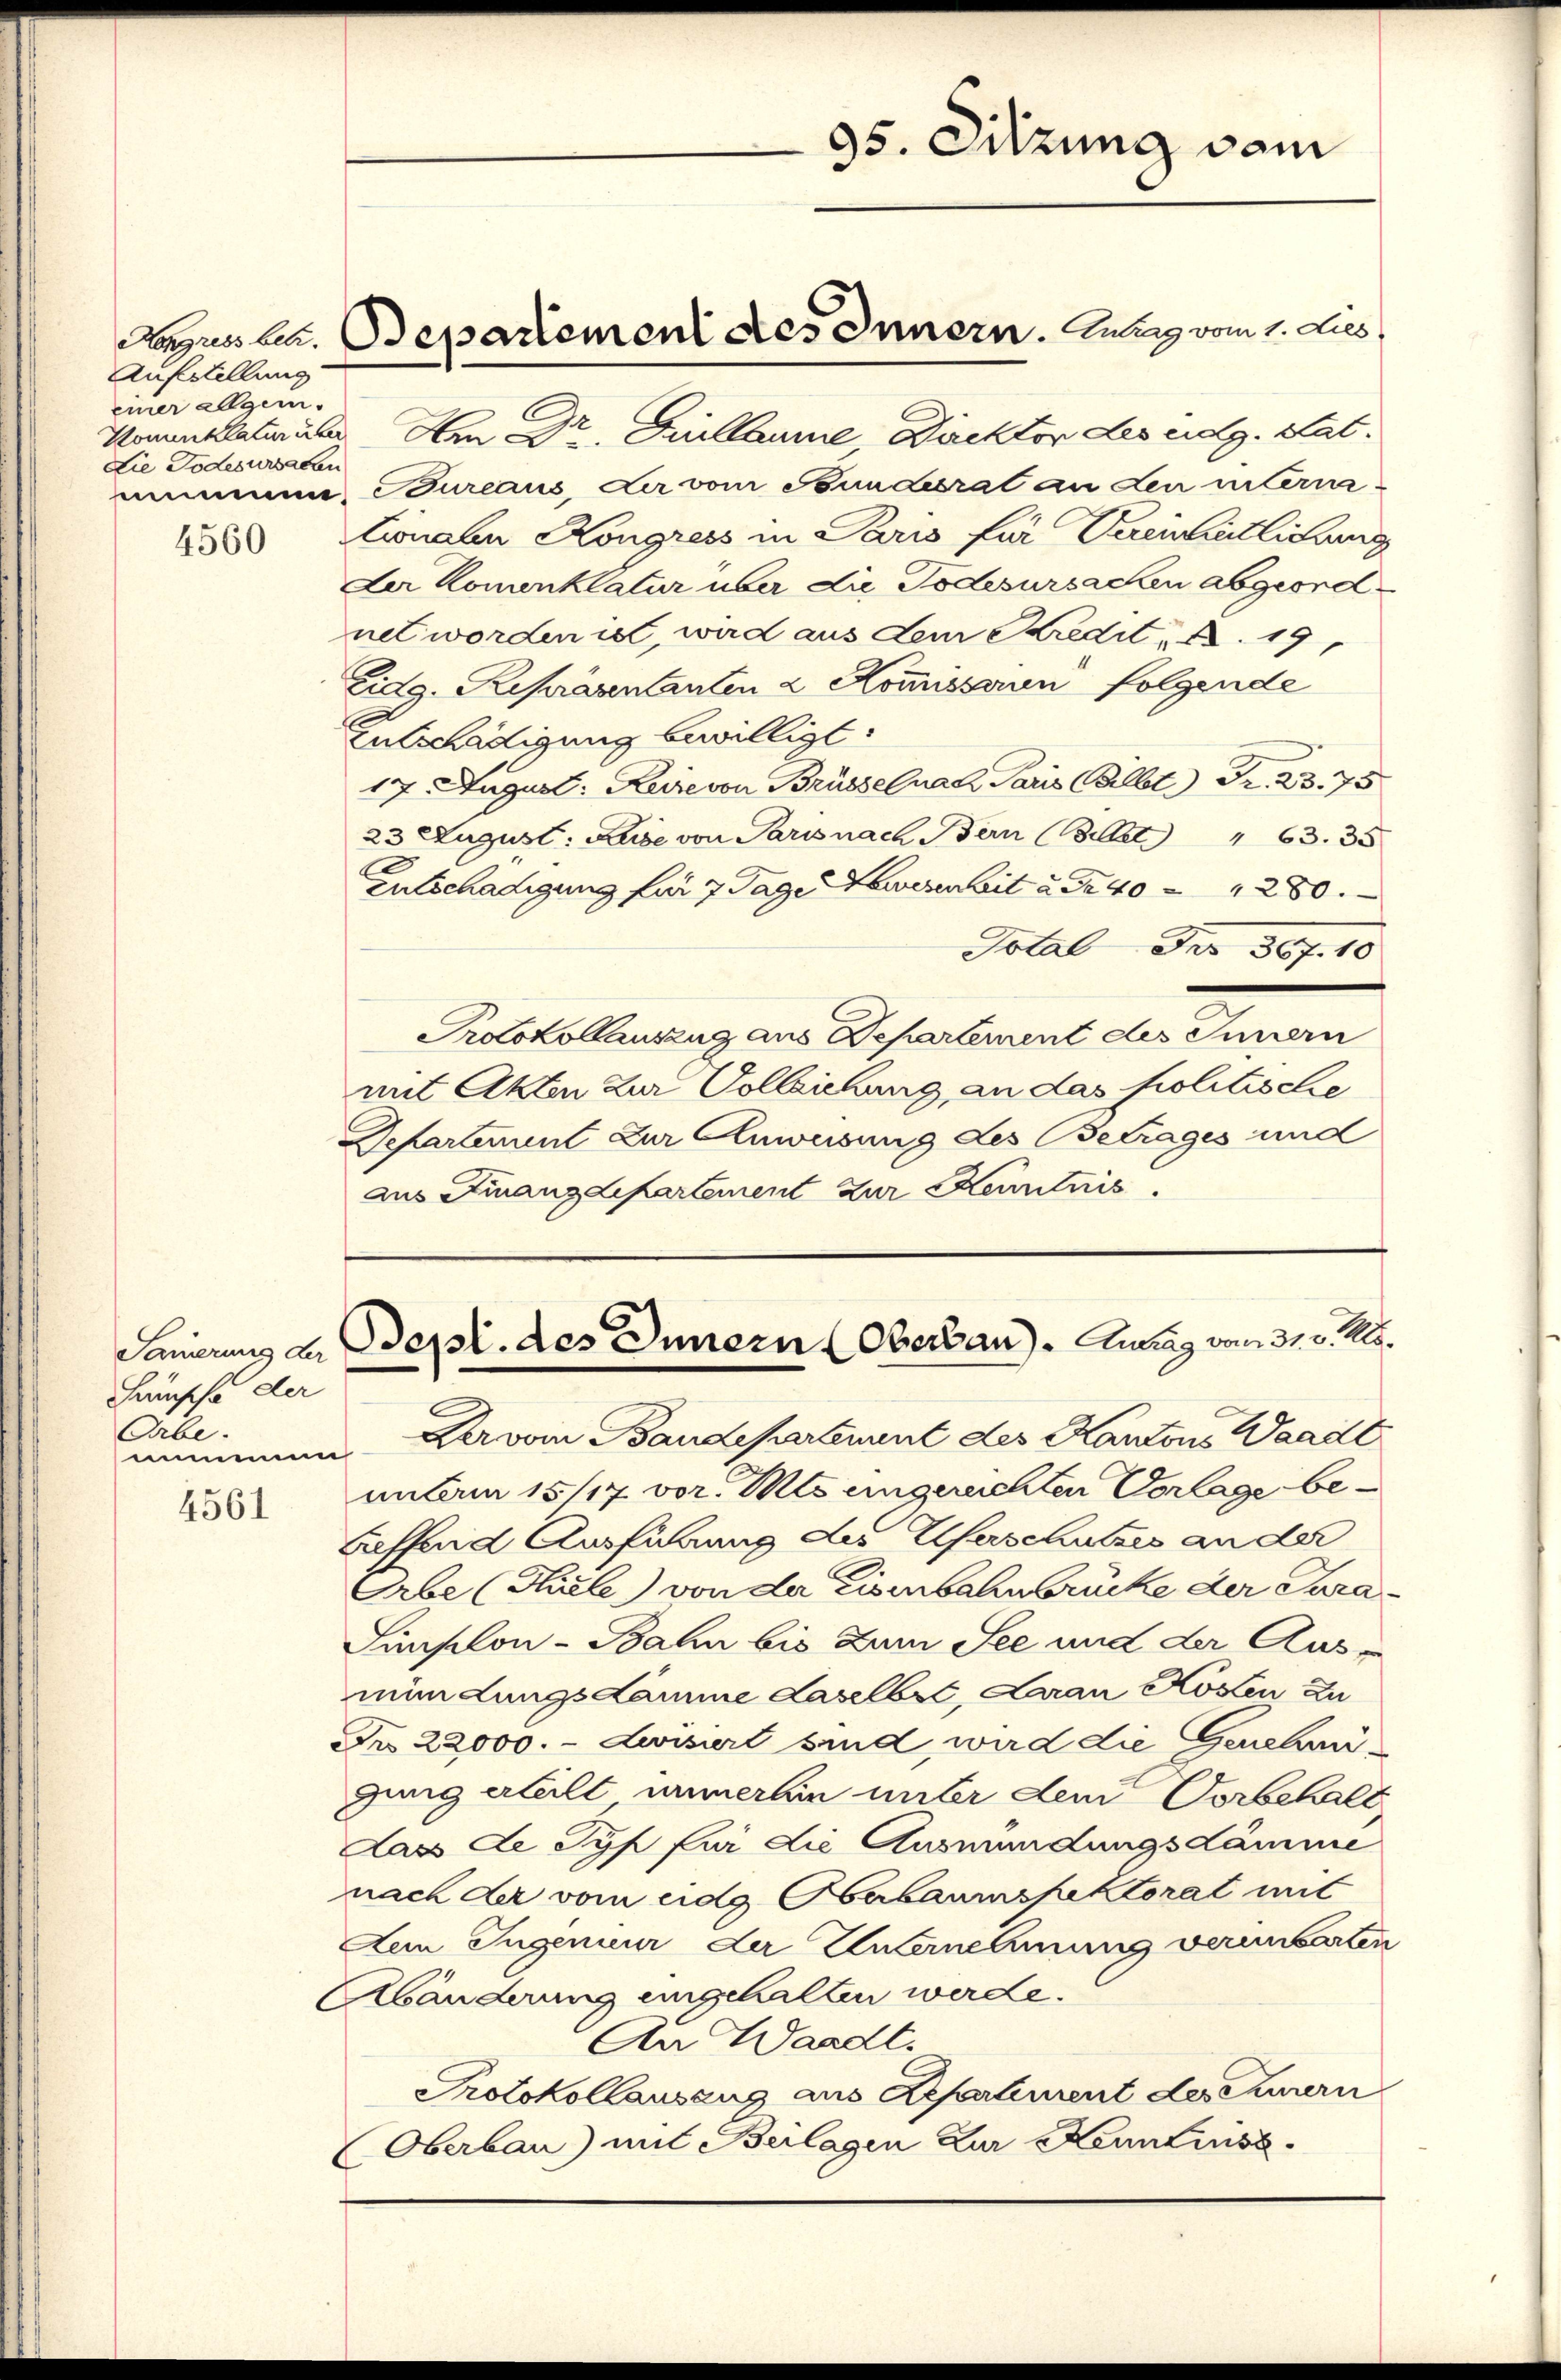
Aufstellung
einer allgem.
Lie Todesursaben

Fansche der
Gabe.
mmmen

4561

Komentlaterier. Am Dr. Gillaume Direktor des eidg. Stat.
mmmene Bureaus der vom Soundesrat an den intern-
1558 Lionalen Kongress in Paris für Vereinheitlichung
Ler Komenklatur über die Todesursachen abgeordnet worden ist, wird aus dem Kredit 19
Eidg. Repräsentanten & Kommissorin folgende
Entschädigung bewilligt.
17. August: Keise von Brüssel nach Paris Bilbt Fr. 23. 75
23 August: Keise von Paris nach Bern (S. 463. 35
Entschädigung für 7 Tage wesenheit u. Fr. 40 20
Jolal der 367. 10
Protokollauszug aus Departement des Innern
mit Akten zur Vollziehung, an das politische
Departement zur Anweisung des Betrages und
aus Finanzdepartement zur Kenntnis

Aeuss bei. Departement des Innern. Zug vom 1. dies

95. Sitzung vom

Pervon Baudepartement des Kantons Waadt
untam 15/17 vor. Mts eingereichten Vorlage be¬
Leffend Ausführung des Waschutzes an der
Erbe (Thirle) von der Eisenbahnbrücke der Sara¬
Simselon - Bahn bis zum See und der Aus-
mündungskamme daselbst, Lan Kosten zu
Fr 22000. - Levisirt sind, wird die Genehmigung erteilt immerhin unter dem Vorbehalt
Dass de Typ für die Ausmündungsdämme
nach der vom eidg Oberbaumspektorat mit
Aem Jugenieur der Unternehmung verinbarten
Abänderung eingehalten werde.
An Waadt.
Protokollauszug aus Repartiment des Summern
Oberbau) mit Beilagen Zur Kenntniss

Fanierung an Sept. des Innern (Oberbau). Antrag vom 31. v. Mts.